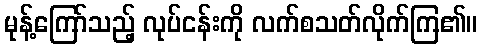
မုန့်ကြော်သည့် လုပ်ငန်းကို လက်စသတ်လိုက်ကြ၏။